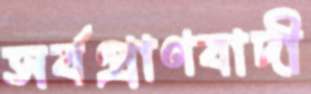
সর্বপ্রাণবাদী